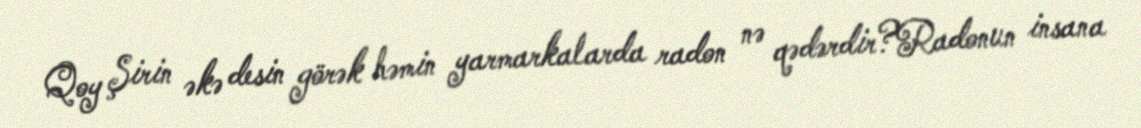
Qoy Şirin əkə desin görək həmin yarmarkalarda radon nə qədərdir?Radonun insana